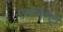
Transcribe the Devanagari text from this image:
एलीमेन्ट्री